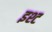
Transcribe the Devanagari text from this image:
इश्ट